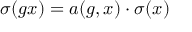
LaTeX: \sigma ( g x ) = a ( g , x ) \cdot \sigma ( x )